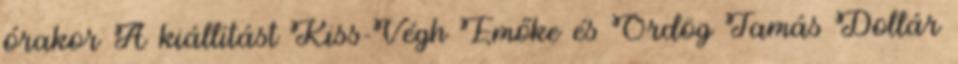
órakor A kiállítást Kiss-Végh Emőke és Ördög Tamás Dollár